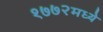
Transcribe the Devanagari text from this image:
१७७२मध्ये